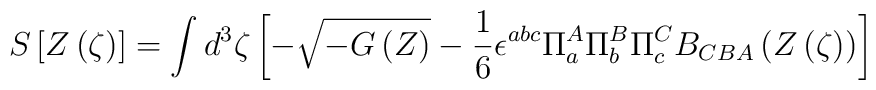
S \left[Z \left( \zeta \right) \right] = \int d^3 \zeta \left[ - \sqrt{ - G\left(Z\right)} - {1 \over 6} \epsilon^{abc} \Pi^A_a \Pi^B_b \Pi^C_c B_{CBA} \left(Z\left(\zeta\right) \right) \right]